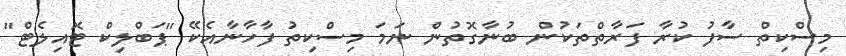
މިސްކިތް ސާފު ކުރާ ފަރާތްތަކުން ބުނާގޮތުން ނަމަ މިސްކިތު ފާހާނާއެކޭ "ޕަބްލިކް ޓޮއިލެޓް"